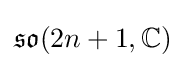
{\mathfrak {so}}(2n+1,\mathbb {C} )